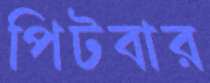
পিটবার